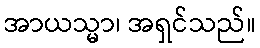
အာယသ္မာ၊ အရှင်သည်။